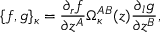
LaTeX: \{ f , g \} _ { \kappa } = \frac { \partial _ { r } f } { \partial z ^ { A } } \Omega _ { \kappa } ^ { A B } ( z ) \frac { \partial _ { l } g } { \partial z ^ { B } } ,